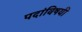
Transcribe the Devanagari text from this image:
पदांविषयी